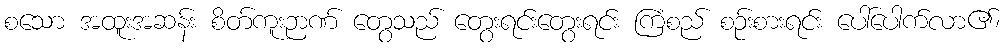
စသော အထူးအဆန်း စိတ်ကူးဉာဏ် တွေသည် တွေးရင်းတွေးရင်း ကြံစည် စဉ်းစားရင်း ပေါ်ပေါက်လာ၏၊